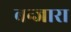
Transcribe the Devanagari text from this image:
बन्जारा